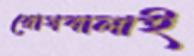
রোগবালাই